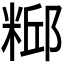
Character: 𫃃